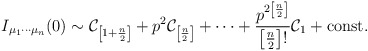
\begin{align*}I_{\mu_1\cdots\mu_n}(0)\sim\mathcal{C}_{\left[1+\frac{n}{2}\right]}+p^2\mathcal{C}_{\left[\frac{n}{2}\right]}+\cdots+\frac{p^{2\left[\frac{n}{2}\right]}}{\left[\frac{n}{2}\right]!}\mathcal{C}_{1}+\mathrm{const.}\end{align*}